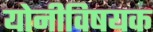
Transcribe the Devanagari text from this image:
योनीविषयक